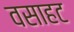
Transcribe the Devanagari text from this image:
वसाहट